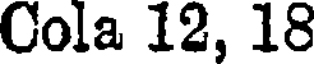
Cola 12, 18